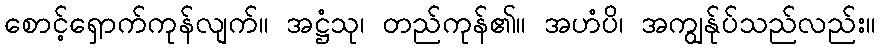
စောင့်ရှောက်ကုန်လျက်။ အဋ္ဌံသု၊ တည်ကုန်၏။ အဟံပိ၊ အကျွန်ုပ်သည်လည်း။